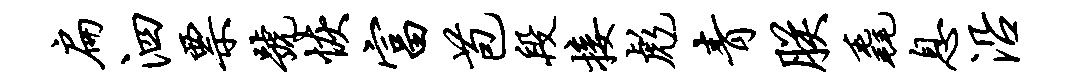
扁泗票号恢富苞段接彪青朕毳息沿